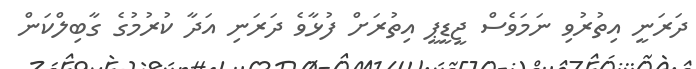
ދަރަނީ އިތުރުވި ނަމަވެސް ޖީޑީޕީ އިތުރަށް ފުޅާވެ ދަރަނި އަދާ ކުރުމުގެ ގާބިލްކަން